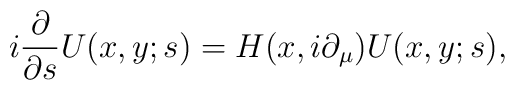
i\frac{\partial}{\partial s}U(x,y;s)     =H(x,i\partial_{\mu})U(x,y;s),